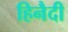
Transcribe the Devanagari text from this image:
हिनैदी